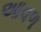
આવળ